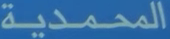
المحمدية